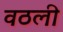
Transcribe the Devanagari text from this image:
वठली